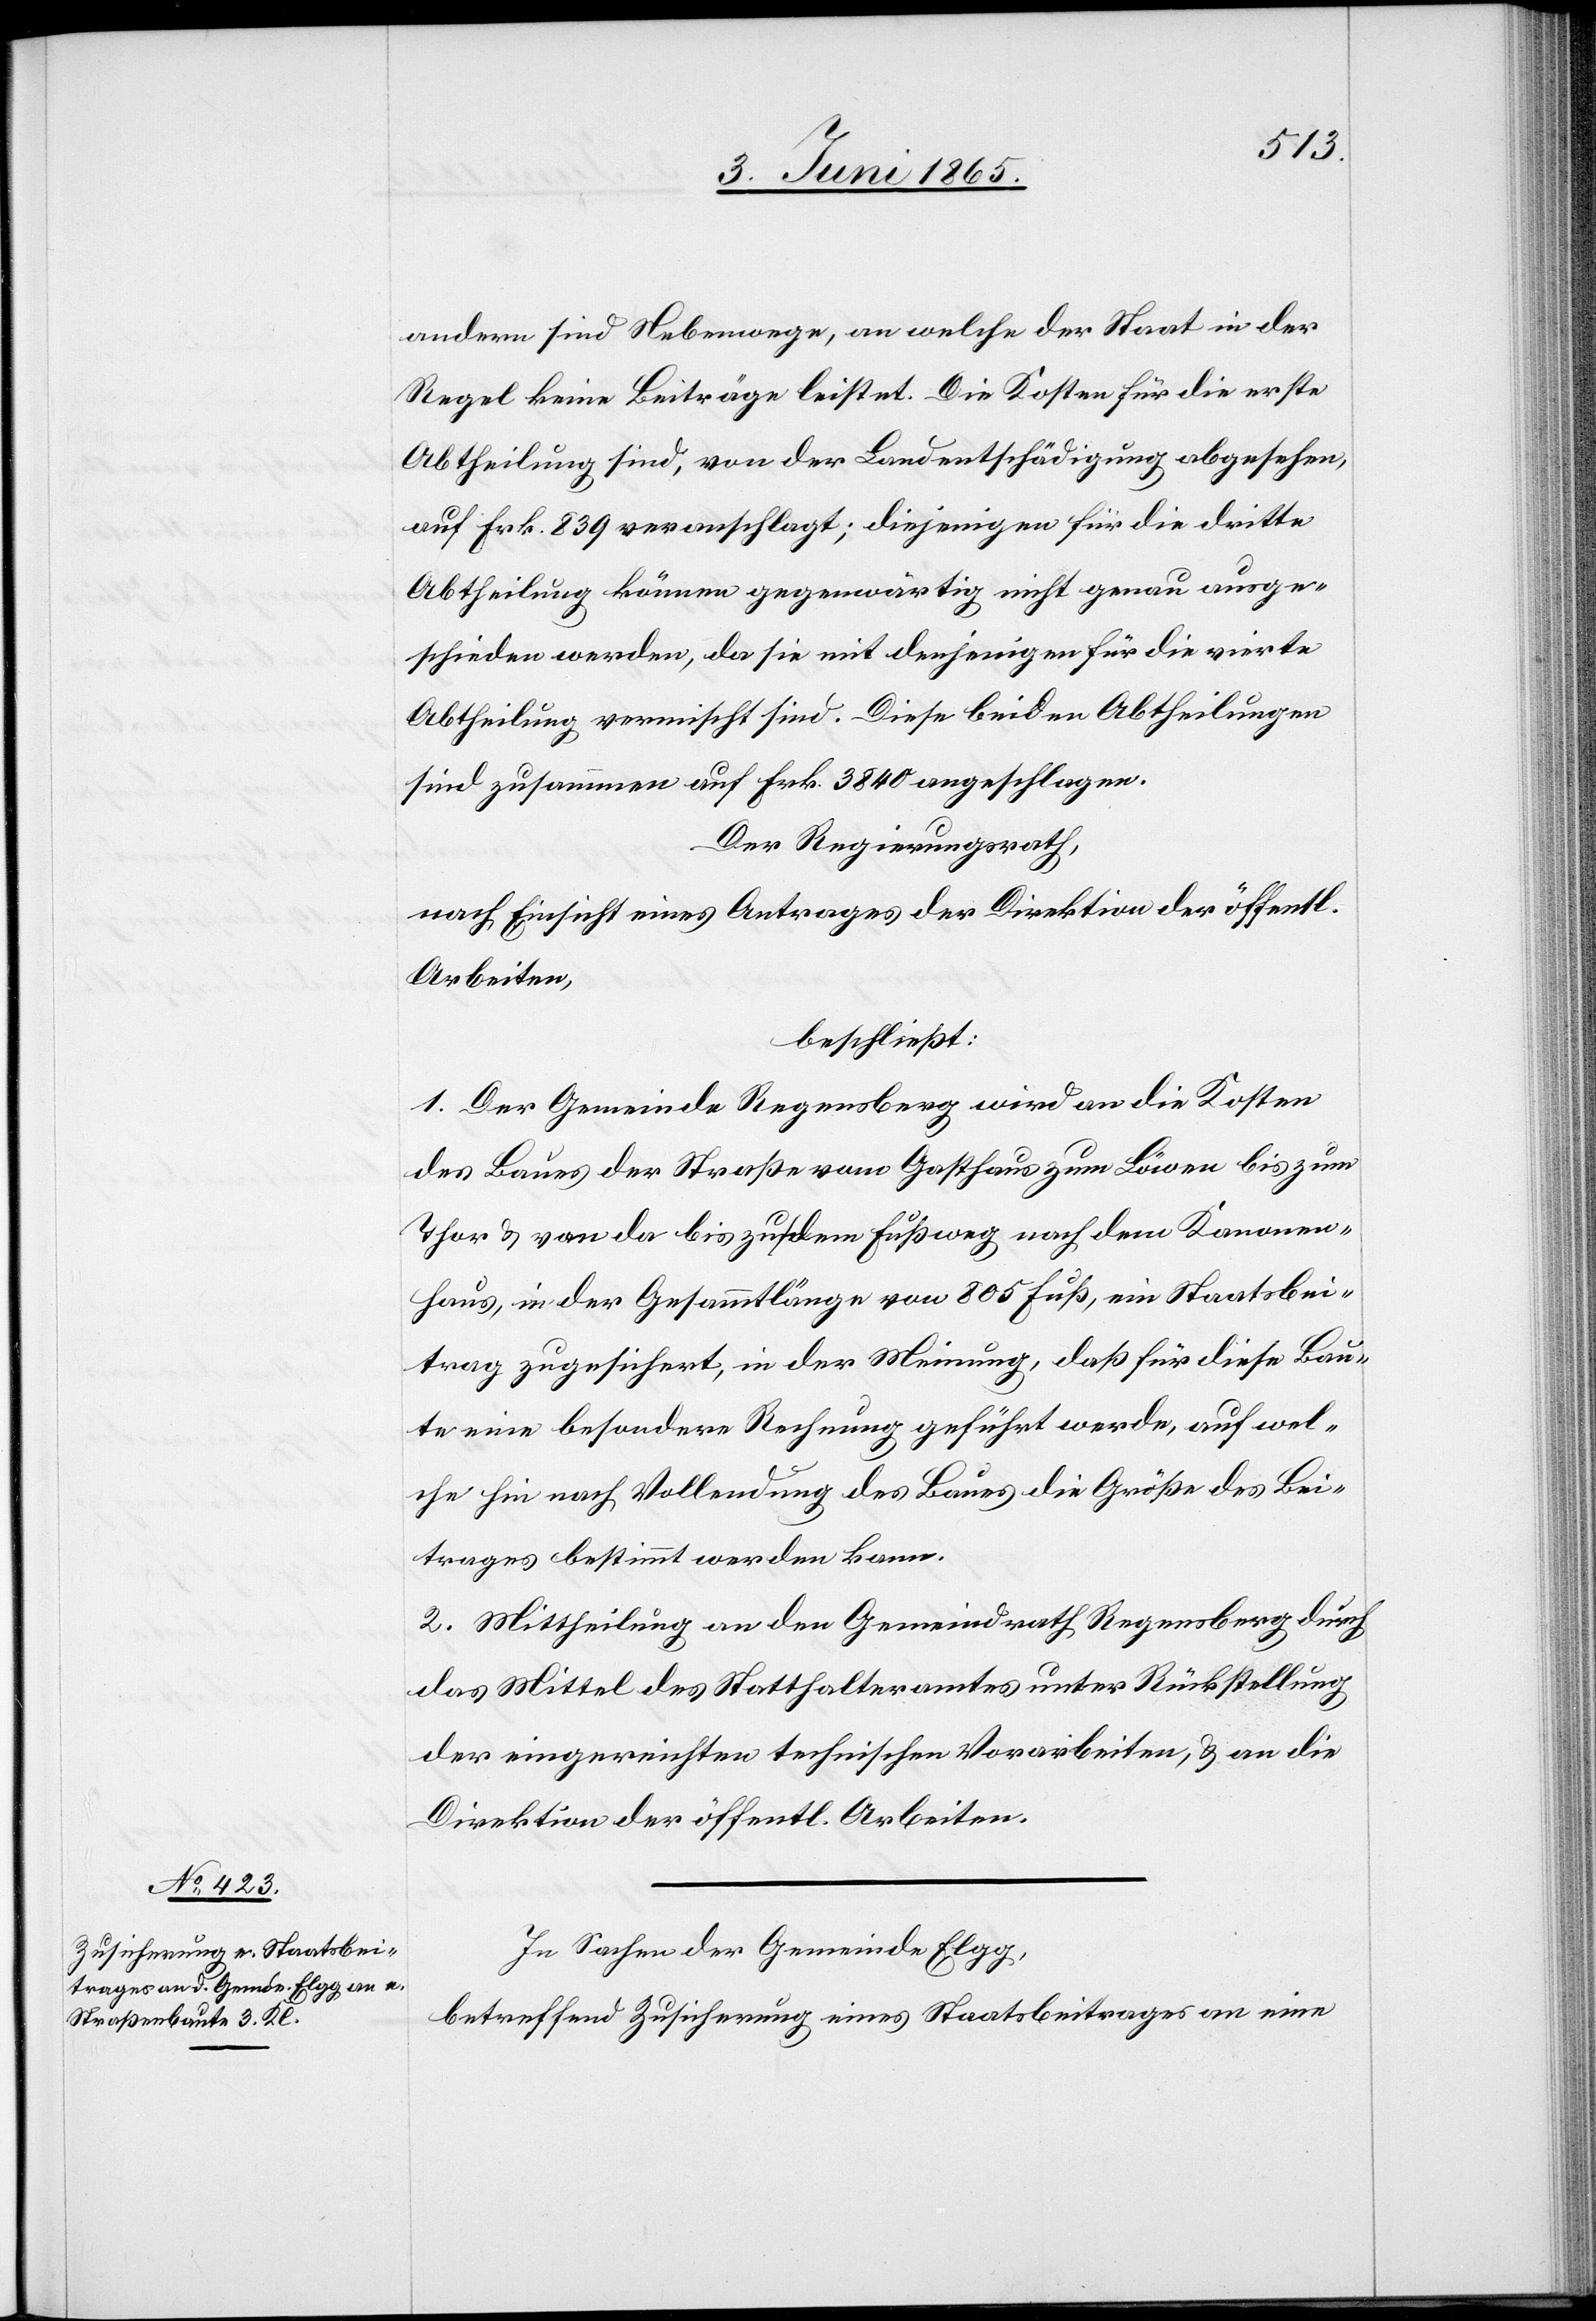
andern sind Nebenwege, an welche der Staat in der
Regel keine Beiträge leistet. Die Kosten für die erste
Abtheilung sind, von der Landentschädigung abgesehen,
auf Frk. 839 veranschlagt; diejenigen für die dritte
Abtheilung können gegenwärtig nicht genau ausge¬
schieden werden, da sie mit denjenigen für die vierte
Abtheilung vermischt sind. Diese beiden Abtheilungen
sind zusammen auf Frk. 3840 angeschlagen.
Der Regierungsrath,
nach Einsicht eines Antrages der Direktion der öffentl.
Arbeiten,
beschließt:
1. Der Gemeinde Regensberg wird an die Kosten
des Baues der Straße vom Gasthaus zum Löwen bis zum
Thor & von da bis zu dem Fußweg nach dem Kanonen¬
haus, in der Gesammtlänge von 805 Fuß, ein Staatsbei¬
trag zugesichert, in der Meinung, daß für diese Bau¬
te eine besondere Rechnung geführt werde, auf wel¬
che hin nach Vollendung des Baues die Größe des Bei¬
trages bestimmt werden kann.
2. Mittheilung an den Gemeindrath Regensberg durch
das Mittel des Statthalteramtes unter Rückstellung
der eingereichten technischen Vorarbeiten, & an die
Direktion der öffentl. Arbeiten.
In Sachen der Gemeinde Elgg,
betreffend Zusicherung eines Staatsbeitrages an eine